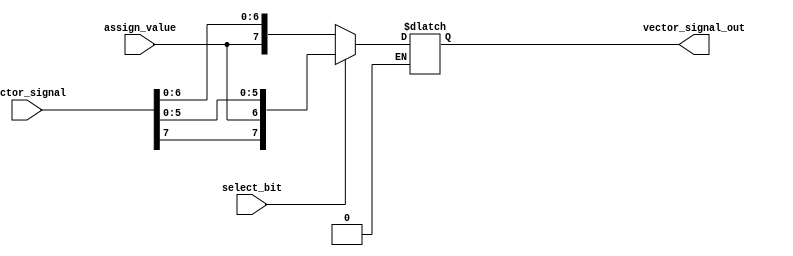
module bit_select_assign (
    input [7:0] vector_signal,
    input select_bit,
    input assign_value,
    output reg [7:0] vector_signal_out
);

always @* begin
    if (select_bit == 0) begin
        vector_signal_out = {assign_value, vector_signal[6:0]};
    end else if (select_bit == 1) begin
        vector_signal_out = {vector_signal[7], assign_value, vector_signal[5:0]};
    end else if (select_bit == 2) begin
        vector_signal_out = {vector_signal[7:6], assign_value, vector_signal[4:0]};
    end
    // Add more if-else statements as needed for additional select bits
end

endmodule